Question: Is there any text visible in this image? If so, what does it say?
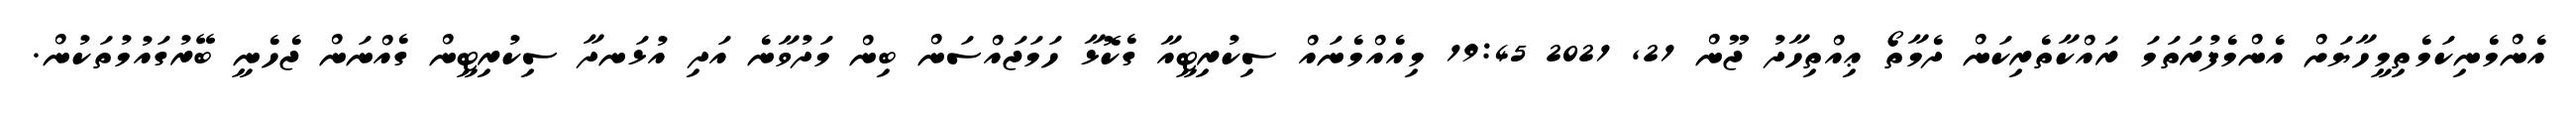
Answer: އެންމެނިކަމެތިމީހާޔަށް އެންމެފުރަތަމަ ރައްކާތެރިކަން ދެމާތޯ ޢިއްތިހާދު ޖޫން 21, 2021 19:45 މިއެއްމެނައް ސިކުރިޓީއާ ގެކޮޅާ ހަމަޖައްސަން ބިން މަދުވާނެ އަދި އުޅަނދާ ސިކުރިޓީން ގެއްނަން ޖެހެނީ ބޭރުގައުމުތަކުން.